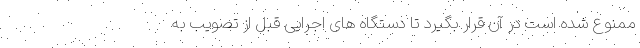
ممنوع شده است در آن قرار بگیرد تا دستگاه های اجرایی قبل از تصویب به